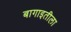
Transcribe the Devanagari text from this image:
बागाइतीला